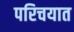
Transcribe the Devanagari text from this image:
परिचयात